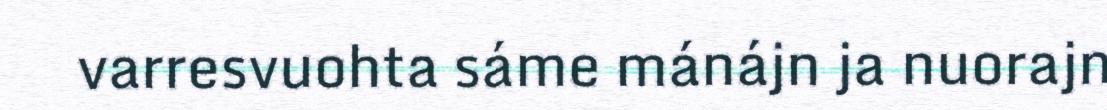
varresvuohta sáme mánájn ja nuorajn